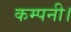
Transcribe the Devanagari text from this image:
कम्‍पनी।